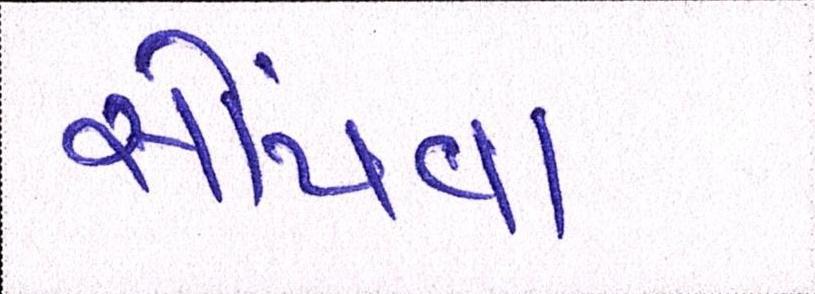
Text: સોંપવા